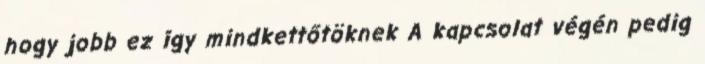
hogy jobb ez így mindkettőtöknek A kapcsolat végén pedig